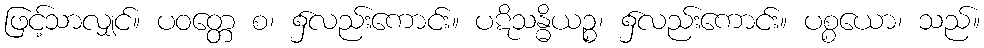
ဖြင့်သာလျှင်။ ပဝတ္တေ စ၊ ၌လည်းကောင်း။ ပဋိသန္ဓိယဉ္စ၊ ၌လည်းကောင်း။ ပစ္စယော၊ သည်။